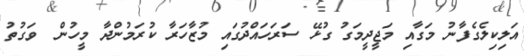
އަލިކިލެގެފާނު މަގާއި މަޖީދީމަގު ގުޅޭ ސަރަހައްދުގައި މުޒާހަރާ ކުރަމުންދާ މީހުން  ވަގުތު